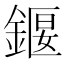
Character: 䤷